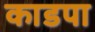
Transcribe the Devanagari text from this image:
काडपा